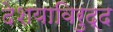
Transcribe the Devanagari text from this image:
देशयाविरुद्द